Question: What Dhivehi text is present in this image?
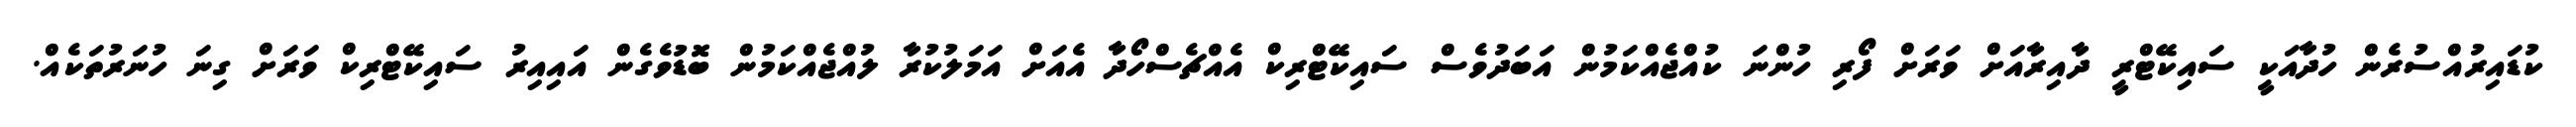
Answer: ކުޑައިރުއްސުރެން ހުދާއަކީ ސައިކޭޓްރީ ދާއިރާއަށް ވަރަށް ފޯރި ހުންނަ ކުއްޖެއްކަމުން އަބަދުވެސް ސައިކޭޓްރިކް އެއްޗެސްހޯދާ އެއަށް އަމަލުކުރާ ލުއްޖެއްކަމުން ބޮޑުވެގެން އައިއިރު ސައިކޭޓްރިކް ވަރަށް ގިނަ ހުނަރުތަކެއް.